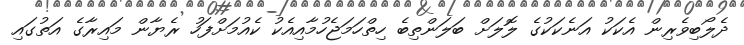
ދެލޯބިވެރިން އެކަކު އަނެކަކުގެ ލޮލަށް ބަލަންތިބެ ހިތްހަމަޖެހުމާއިއެކު ކެއުމަށްފަހު ރެޔާން މައިރާގެ އަތުގައި